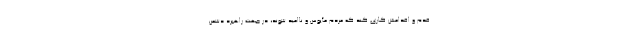
قدم و اقدامش کاری کند که مردم مأیوس و ناامید شوند، در جهت راهبرد دشمن